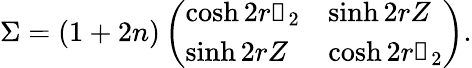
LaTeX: \Sigma=(1+2n)\left(\begin{array}{ll}{\cosh 2r\mathbb{1}_{2}}&{\sinh 2rZ}\\ {\sinh 2rZ}&{\cosh 2r\mathbb{1}_{2}}\end{array}\right).